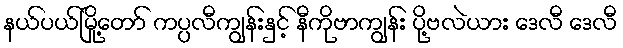
နယ်ပယ်မြို့တော် ကပ္ပလီကျွန်းနှင့် နီကိုဗာကျွန်း ပို့ဗလဲယား ဒေလီ ဒေလီ